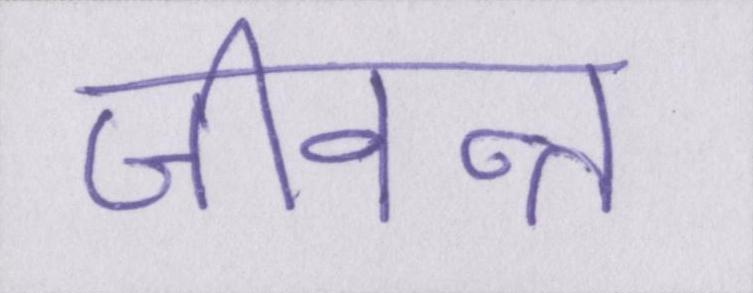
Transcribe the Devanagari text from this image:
जीवन्त